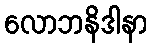
လောဘနိဒါနာ